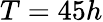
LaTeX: T=45h